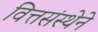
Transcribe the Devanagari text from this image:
वित्तसंस्थेने